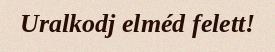
Uralkodj elméd felett!